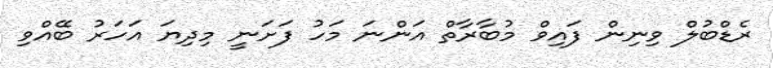
ރެޑްބުލް ވިނިން ފައިވް މުބާރާތް އަންނަ މަހު ފަށަނީ މިދިޔަ އަހަރު ބޭއްވި